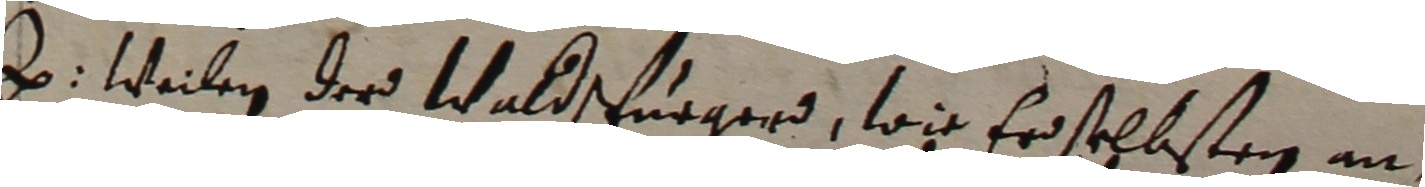
e. Weilen der waldscfhurger, wie er sehlsten an